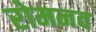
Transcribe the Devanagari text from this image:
रोमनव